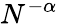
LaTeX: N^{-\alpha}